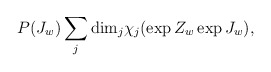
\begin{align*}P(J_w) \sum_{j} {\rm dim}_{j} \chi_{j}(\exp{Z_w}\exp{J_w}),\end{align*}